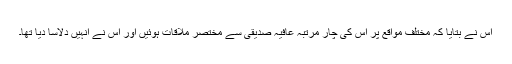
اس نے بتایا کہ مختلف مواقع پر اس کی چار مرتبہ عافیہ صدیقی سے مختصر ملاقات ہوئیں اور اس نے انہیں دلاسا دیا تھا۔